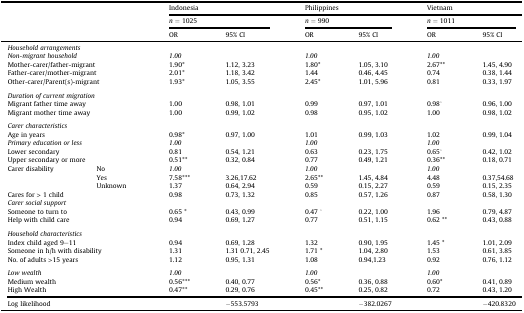
<table><thead><tr><td rowspan="3" colspan="2"></td><td colspan="2"><b>Indonesia</b></td><td colspan="2"><b>Philippines</b></td><td colspan="2"><b>Vietnam</b></td></tr><tr><td colspan="2"><b><i>n</i> = 1025</b></td><td colspan="2"><b><i>n</i> = 990</b></td><td colspan="2"><b><i>n</i> = 1011</b></td></tr><tr><td><b>OR</b></td><td><b>95% CI</b></td><td><b>OR</b></td><td><b>95% CI</b></td><td><b>OR</b></td><td><b>95% CI</b></td></tr></thead><tbody><tr><td colspan="8"><i>Household arrangements</i></td></tr><tr><td colspan="2"><i>Non-migrant household</i></td><td><i>1.00</i></td><td></td><td><i>1.00</i></td><td></td><td><i>1.00</i></td><td></td></tr><tr><td colspan="2">Mother-carer/father-migrant</td><td>1.90*</td><td>1.12, 3.23</td><td>1.80*</td><td>1.05, 3.10</td><td>2.67**</td><td>1.45, 4.90</td></tr><tr><td colspan="2">Father-carer/mother-migrant</td><td>2.01*</td><td>1.18, 3.42</td><td>1.44</td><td>0.46, 4.45</td><td>0.74</td><td>0.38, 1.44</td></tr><tr><td colspan="2">Other-carer/Parent(s)-migrant</td><td>1.93*</td><td>1.05, 3.55</td><td>2.45*</td><td>1.01, 5.96</td><td>0.81</td><td>0.33, 1.97</td></tr><tr><td colspan="8">  </td></tr><tr><td colspan="8"><i>Duration of current migration</i></td></tr><tr><td colspan="2">Migrant father time away</td><td>1.00</td><td>0.98, 1.01</td><td>0.99</td><td>0.97, 1.01</td><td>0.98ˆ</td><td>0.96, 1.00</td></tr><tr><td colspan="2">Migrant mother time away</td><td>1.00</td><td>0.99, 1.02</td><td>0.98</td><td>0.95, 1.02</td><td>1.00</td><td>0.98, 1.02</td></tr><tr><td colspan="8">  </td></tr><tr><td colspan="8"><i>Carer characteristics</i></td></tr><tr><td colspan="2">Age in years</td><td>0.98*</td><td>0.97, 1.00</td><td>1.01</td><td>0.99, 1.03</td><td>1.02</td><td>0.99, 1.04</td></tr><tr><td colspan="2"><i>Primary education or less</i></td><td><i>1.00</i></td><td></td><td><i>1.00</i></td><td></td><td><i>1.00</i></td><td></td></tr><tr><td colspan="2">Lower secondary</td><td>0.81</td><td>0.54, 1.21</td><td>0.63</td><td>0.23, 1.75</td><td>0.65ˆ</td><td>0.42, 1.02</td></tr><tr><td colspan="2">Upper secondary or more</td><td>0.51**</td><td>0.32, 0.84</td><td>0.77</td><td>0.49, 1.21</td><td>0.36**</td><td>0.18, 0.71</td></tr><tr><td>Carer disability</td><td>No</td><td><i>1.00</i></td><td></td><td><i>1.00</i></td><td></td><td><i>1.00</i></td><td></td></tr><tr><td></td><td>Yes</td><td>7.58***</td><td>3.26,17.62</td><td>2.65**</td><td>1.45, 4.84</td><td>4.48</td><td>0.37,54.68</td></tr><tr><td></td><td>Unknown</td><td>1.37</td><td>0.64, 2.94</td><td>0.59</td><td>0.15, 2.27</td><td>0.59</td><td>0.15, 2.35</td></tr><tr><td colspan="2">Cares for &gt; 1 child</td><td>0.98</td><td>0.73, 1.32</td><td>0.85</td><td>0.57, 1.26</td><td>0.87</td><td>0.58, 1.30</td></tr><tr><td colspan="8"><i>Carer social support</i></td></tr><tr><td colspan="2">Someone to turn to</td><td>0.65 *</td><td>0.43, 0.99</td><td>0.47 ˆ</td><td>0.22, 1.00</td><td>1.96</td><td>0.79, 4.87</td></tr><tr><td colspan="2">Help with child care</td><td>0.94</td><td>0.69, 1.27</td><td>0.77</td><td>0.51, 1.15</td><td>0.62 **</td><td>0.43, 0.88</td></tr><tr><td colspan="8">  </td></tr><tr><td colspan="8"><i>Household characteristics</i></td></tr><tr><td colspan="2">Index child aged 9–11</td><td>0.94</td><td>0.69, 1.28</td><td>1.32</td><td>0.90, 1.95</td><td>1.45 *</td><td>1.01, 2.09</td></tr><tr><td colspan="2">Someone in h/h with disability</td><td>1.31</td><td>1.31 0.71, 2.45</td><td>1.71 *</td><td>1.04, 2.80</td><td>1.53</td><td>0.61, 3.85</td></tr><tr><td colspan="2">No. of adults &gt;15 years</td><td>1.12</td><td>0.95, 1.31</td><td>1.08</td><td>0.94,1.23</td><td>0.92</td><td>0.76, 1.12</td></tr><tr><td colspan="8">  </td></tr><tr><td colspan="2"><i>Low wealth</i></td><td><i>1.00</i></td><td></td><td><i>1.00</i></td><td></td><td><i>1.00</i></td><td></td></tr><tr><td colspan="2">Medium wealth</td><td>0.56***</td><td>0.40, 0.77</td><td>0.56*</td><td>0.36, 0.88</td><td>0.60*</td><td>0.41, 0.89</td></tr><tr><td colspan="2">High Wealth</td><td>0.47**</td><td>0.29, 0.76</td><td>0.45**</td><td>0.25, 0.82</td><td>0.72</td><td>0.43, 1.20</td></tr><tr><td colspan="2">Log likelihood</td><td></td><td>−553.5793</td><td></td><td>−382.0267</td><td></td><td>−420.8320</td></tr></tbody></table>